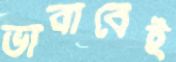
ভাবাবেই